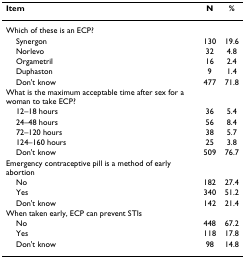
<table><thead><tr><td><b>Item</b></td><td><b>N</b></td><td><b>%</b></td></tr></thead><tbody><tr><td>Which of these is an ECP?</td><td></td><td></td></tr><tr><td> Synergon</td><td>130</td><td>19.6</td></tr><tr><td> Norlevo</td><td>32</td><td>4.8</td></tr><tr><td> Orgametril</td><td>16</td><td>2.4</td></tr><tr><td> Duphaston</td><td>9</td><td>1.4</td></tr><tr><td> Don&#x27;t know</td><td>477</td><td>71.8</td></tr><tr><td>What is the maximum acceptable time after sex for a woman to take ECP?</td><td></td><td></td></tr><tr><td> 12–18 hours</td><td>36</td><td>5.4</td></tr><tr><td> 24–48 hours</td><td>56</td><td>8.4</td></tr><tr><td> 72–120 hours</td><td>38</td><td>5.7</td></tr><tr><td> 124–160 hours</td><td>25</td><td>3.8</td></tr><tr><td> Don&#x27;t know</td><td>509</td><td>76.7</td></tr><tr><td>Emergency contraceptive pill is a method of early abortion</td><td></td><td></td></tr><tr><td> No</td><td>182</td><td>27.4</td></tr><tr><td> Yes</td><td>340</td><td>51.2</td></tr><tr><td> Don&#x27;t know</td><td>142</td><td>21.4</td></tr><tr><td>When taken early, ECP can prevent STIs</td><td></td><td></td></tr><tr><td> No</td><td>448</td><td>67.2</td></tr><tr><td> Yes</td><td>118</td><td>17.8</td></tr><tr><td> Don&#x27;t know</td><td>98</td><td>14.8</td></tr></tbody></table>